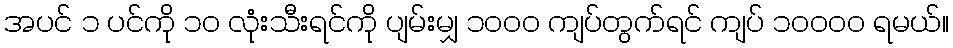
အပင် ၁ ပင်ကို ၁၀ လုံးသီးရင်ကို ပျမ်းမျှ ၁၀၀၀ ကျပ်တွက်ရင် ကျပ် ၁၀၀၀၀ ရမယ်။